Report of the Indian Hemp Drugs Commission, 1894-1895 - Volume VII
Year: 1894
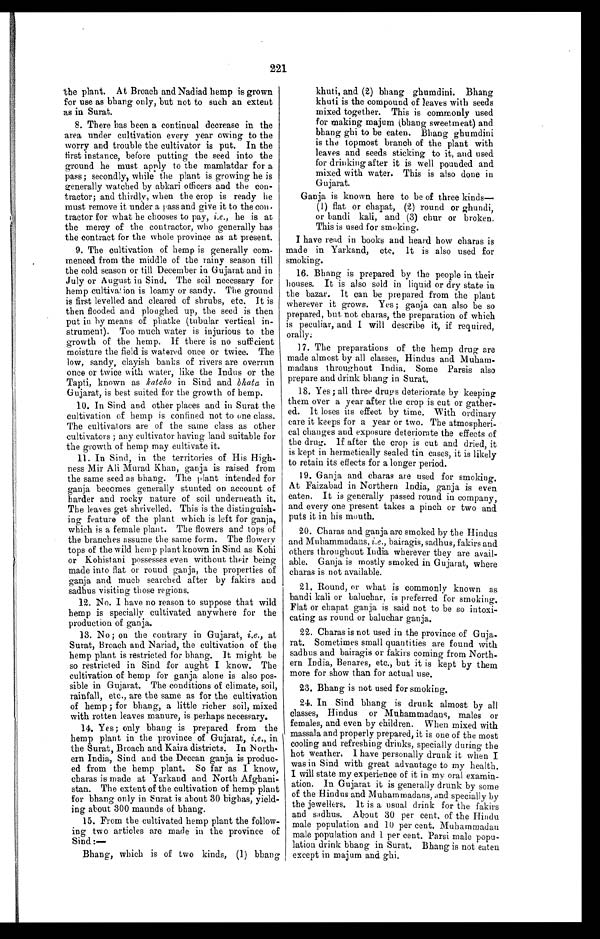
221
the plant. At Broach and Nadiad hemp is grown
for use as bhang only, but not to such an extent
as in Surat.
8. There has been a continual decrease in the
area under cultivation every year owing to the
worry and trouble the cultivator is put. In the
first instance, before putting the seed into the
ground he must apply to the mamlatdar for a
pass; secondly, while the plant is growing he is
generally watched by abkari officers and the con-
tractor; and thirdly, when the crop is ready he
must remove it under a pass and give it to the con
¬ t r a c t o r f o r w h a t h e c h o o s e s t o p a y ,i
. e
. , h e i s a t
the mercy of the contractor, who generally has
the contract for the whole province as at present.
9. The cultivation of hemp is generally com-
menced from the middle of the rainy season till
the cold season or till December in Gujarat and in
July or August in Sind. The soil necessary for
hemp cultivation is loamy or sandy. The ground
is first levelled and cleared of shrubs, etc. It is
then flooded and ploughed up, the seed is then
put in by means of phatke (tubular vertical in-
strument). Too much water is injurious to the
growth of the hemp. If there is no sufficient
moisture the field is watered once or twice. The
low, sandy, clayish banks of rivers are overrun
once or twice with water, like the Indus or the
Tapti, known as katcho in Sind and bhata in
Gujarat, is best suited for the growth of hemp.
10. In Sind and other places and in Surat the
cultivation of hemp is confined not to one class.
The cultivators are of the same class as other
cultivators ; any cultivator having land suitable for
the growth of hemp may cultivate it.
11. In Sind, in the territories of His High-
ness Mir Ali Murad Khan, ganja is raised from
the same seed as bhang. The plant intended for
ganja becomes generally stunted on account of
harder and rocky nature of soil underneath it.
The leaves get shrivelled. This is the distinguish-
ing feature of the plant which is left for ganja,
which is a female plant. The flowers and tops of
the branches assume the same form. The flowery
tops of the wild hemp plant known in Sind as Kohi
or Kohistani possesses even without their being
made into flat or round ganja, the properties of
ganja and much searched after by fakirs and
sadhus visiting those regions.
12. No. I have no reason to suppose that wild
hemp is specially cultivated anywhere for the
production of ganja.
13. No ; on the contrary in Gujarat, i.e ., at
Surat, Broach and Nariad, the cultivation of the
hemp plant is restricted for bhang. It might be
so restricted in Sind for aught I know. The
cultivation of hemp for ganja alone is also pos-
sible in Gujarat. The conditions of climate, soil,
rainfall, etc., are the same as for the cultivation
of hemp ; for bhang, a little richer soil, mixed
with rotten leaves manure, is perhaps necessary.
14. Yes; only bhang is prepared from the
hemp plant in the province of Gujarat, i.e ., in
the Surat, Broach and Kaira districts. In North-
ern India, Sind and the Deccan ganja is produc-
ed from the hemp plant. So far as I know,
charas is made at Yarkand and North Afghani-
stan. The extent of the cultivation of hemp plant
for bhang only in Surat is about 30 bighas, yield-
ing about 300 maunds of bhang.
15. From the cultivated hemp plant the follow-
ing two articles are made in the province of
Sind :
—
Bhang, which is of two kinds, (1) bhang
khuti, and (2) bhang ghumdini. Bhang
khuti is the compound of leaves with seeds
mixed together. This is commonly used
for making majum (bhang sweetmeat) and
bhang ghi to be eaten. Bhang ghumdini
is the topmost branch of the plant with
leaves and seeds sticking to it, and used
for drinking after it is well pounded and
mixed with water. This is also done in
Gujarat.
Ganja is known here to be of three kinds—
(1) flat or chapat, (2) round or ghundi,
or bandi kali, and (3) chur or broken.
This is used for smoking.
I have read in books and heard how charas is
made in Yarkand, etc. It is also used for
smoking.
16. Bhang is prepared by the people in their
houses. It is also sold in liquid or dry state in
the bazar. It can be prepared from the plant
wherever it grows. Yes ; ganja can also be so
prepared, but not charas, the preparation of which
is peculiar, and I will describe it, if required, orally.
17. The preparations of the hemp drug are
made almost by all classes, Hindus and Muham-
madans throughout India. Some Parsis also
prepare and drink bhang in Surat.
18. Yes; all three drugs deteriorate by keeping
them over a year after the crop is cut or gather-
ed. It loses its effect by time. With ordinary
care it keeps for a year or two. The atmospheri-
cal changes and exposure deteriorate the effects of
the drug. If after the crop is cut and dried, it
is kept in hermetically sealed tin cases, it is likely
to retain its effects for a longer period.
19. Ganja and charas are used for smoking.
At Faizabad in Northern India, ganja is even
eaten. It is generally passed round in company,
and every one present takes a pinch or two and
puts it in his mouth.
20. Charas and ganja are smoked by the Hindus
and Muhammadans, i.e ., bairagis, sadhus, fakirs and
others throughout India wherever they are avail-
able. Ganja is mostly smoked in Gujarat, where
charas is not available.
21. Round, or what is commonly known as
bandi kali or baluchar, is preferred for smoking.
Flat or chapat ganja is said not to be so intoxi-
cating as round or baluchar ganja.
22. Charas is not used in the province of Guja-
rat. Sometimes small quantities are found with
sadhus and bairagis or fakirs coming from North-
ern India, Benares, etc., but it is kept by them
more for show than for actual use.
23. Bhang is not used for smoking.
24. In Sind bhang is drunk almost by all
classes, Hindus or Muhammadans, males or
females, and even by children. When mixed with
massala and properly prepared, it is one of the most
cooling and refreshing drinks, specially during the
hot weather. I have personally drunk it when I
was in Sind with great advantage to my health.
I will state my experience of it in my oral examin-
ation. In Gujarat it is generally drunk by some
of the Hindus and Muhammadans, and specially by
the jewellers. It is a usual drink for the fakirs
and sadhus. About 30 per cent, of the Hindu
male population and 10 per cent. Muhammadan
male population and 1 per cent. Parsi male popu-
lation drink bhang in Surat. Bhang is not eaten
except in majum and ghi.